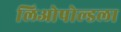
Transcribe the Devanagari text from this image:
लिओपोल्डला